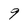
Character: 9